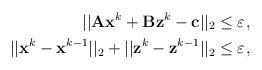
LaTeX: \begin{align*}||\mathbf{A}\mathbf{x}^k+\mathbf{B}\mathbf{z}^k-\mathbf{c}||_2 &\leq \varepsilon_{}, \ \\||\mathbf{x}^k-\mathbf{x}^{k-1}||_2+||\mathbf{z}^k-\mathbf{z}^{k-1}||_2 &\leq \varepsilon_{},\end{align*}